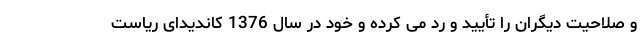
و صلاحیت دیگران را تأیید و رد می کرده و خود در سال 1376 کاندیدای ریاست